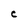
Character: C